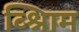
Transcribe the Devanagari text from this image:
व्श्रिाम